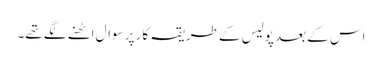
اس کے بعد پولیس کے طریقہ کار پر سوال اٹھنے لگے تھے۔